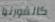
كالفورنيا